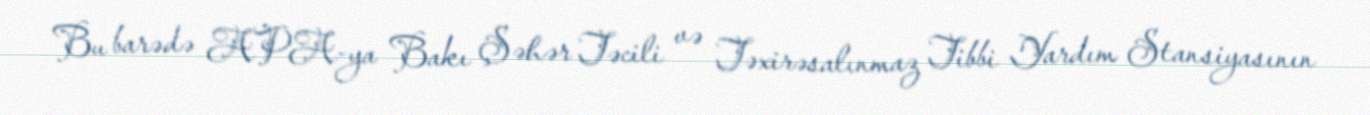
Bu barədə APA-ya Bakı Şəhər Təcili və Təxirəsalınmaz Tibbi Yardım Stansiyasının